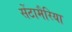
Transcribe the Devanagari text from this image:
सेंटामैरिया